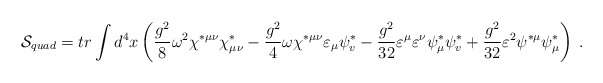
\begin{align*}{\cal S}_{quad}=tr\int d^4x\left( \frac{g^2}8\omega ^2\chi ^{*\mu \nu }\chi_{\mu \nu }^{*}-\frac{g^2}4\omega \chi ^{*\mu \nu }\varepsilon _\mu \psi_v^{*}-\frac{g^2}{32}\varepsilon ^\mu \varepsilon ^\nu \psi _\mu ^{*}\psi_v^{*}+\frac{g^2}{32}\varepsilon ^2\psi ^{*\mu }\psi _\mu ^{*}\right) \;.\end{align*}